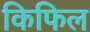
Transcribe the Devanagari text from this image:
किफिल